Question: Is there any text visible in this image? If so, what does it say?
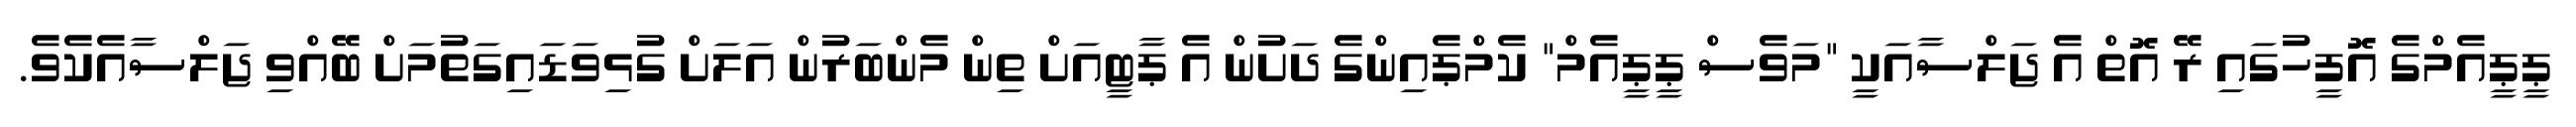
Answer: ޕީޕީއެމްގެ އޮފީހުގައި ރޭ އޮތް އެ ޖަލްސާއަކީ "މަވެސް ޕީޕީއެމް" ކެމްޕެއިންގެ ދަށުން އެ ޕާޓީއަށް ތިން މެންބަރުން އަލަށް ގުޅިވަޑައިގަތުމަށް ބޭއްވި ޖަލްސާއެކެވެ.